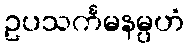
ဥပသင်္ကမနမ္ပဟံ